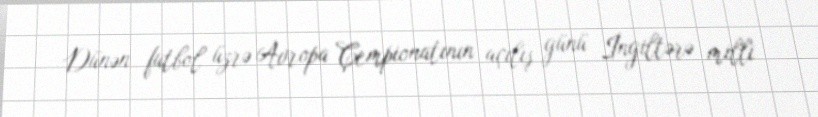
Dünən futbol üzrə Avropa Çempionatının açılış günü İngiltərə milli